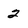
Character: 2